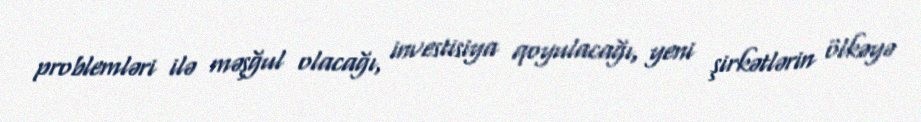
problemləri ilə məşğul olacağı, investisiya qoyulacağı, yeni şirkətlərin ölkəyə